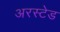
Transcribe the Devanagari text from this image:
अरस्टेड